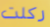
ركلت